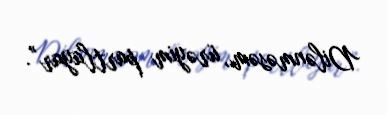
Dilənməsəm, ürəyim partlayar”.